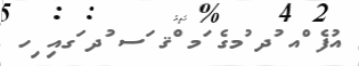
އުފެ ްއ ުދ ުމގެ ަމ ްޤ ަސ ުދ ަގއި ިހ